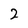
Character: 2